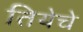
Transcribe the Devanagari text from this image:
तियेचे